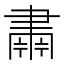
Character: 𮌆